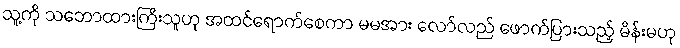
သူ့ကို သဘောထားကြီးသူဟု အထင်ရောက်စေကာ မမအား လော်လည် ဖောက်ပြားသည့် မိန်းမဟု